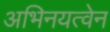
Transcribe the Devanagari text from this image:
अभिनयत्वेन